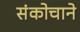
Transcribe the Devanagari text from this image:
संकोचाने